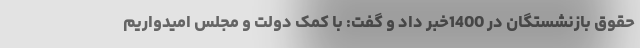
حقوق بازنشستگان در 1400خبر داد و گفت: با کمک دولت و مجلس امیدواریم